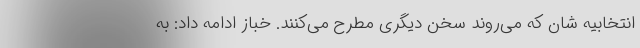
انتخابیه شان که می‌روند سخن دیگری مطرح می‌کنند. خباز ادامه داد: به